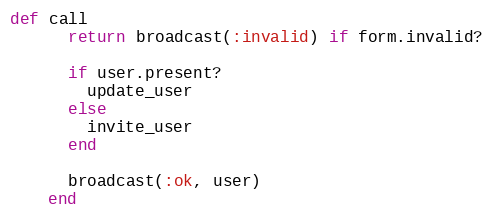
Language: Ruby
def call
      return broadcast(:invalid) if form.invalid?

      if user.present?
        update_user
      else
        invite_user
      end

      broadcast(:ok, user)
    end